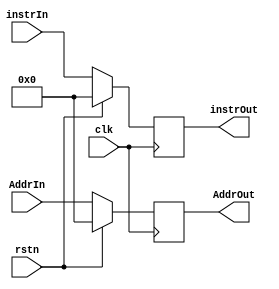
module IFID(
    input            clk,
    input            rstn,
    input[31:0]      AddrIn,
    input[31:0]      instrIn,
    output reg[31:0] AddrOut,
    output reg[31:0] instrOut
);

always @ (posedge clk)
    begin
        if(!rstn)
            begin
                AddrOut  <= AddrIn;
                instrOut <= instrIn;
            end
        else
            begin
                AddrOut  <= 32'h0;
                instrOut <= 32'h0;
            end
    end

endmodule